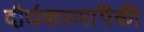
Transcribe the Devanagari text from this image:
दीर्घकाव्यांपैकी